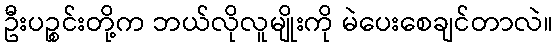
ဦးပဉ္စင်းတို့က ဘယ်လိုလူမျိုးကို မဲပေးစေချင်တာလဲ။